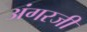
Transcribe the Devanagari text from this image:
अंगरजी